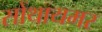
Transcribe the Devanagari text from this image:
सोंथायमर